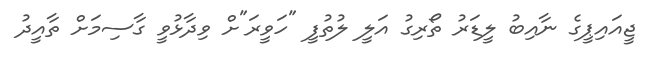
ޖީއައިޕީގެ ނާއިބު ލީޑަރު ތޯރިގު އަލީ ލުތުފީ "ހަވީރަ"ށް ވިދާޅުވީ ގާސިމަށް ތާއީދު